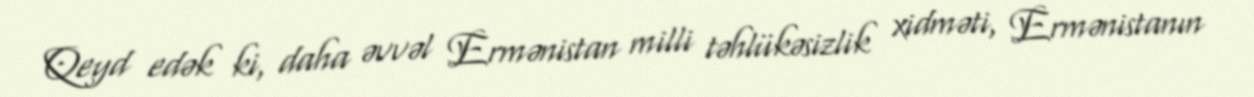
Qeyd edək ki, daha əvvəl Ermənistan milli təhlükəsizlik xidməti, Ermənistanın